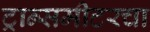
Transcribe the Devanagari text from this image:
ट्रान्समीटरचा